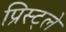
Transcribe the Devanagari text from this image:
प्रिस्ट्ले